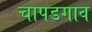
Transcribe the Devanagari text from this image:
चापडगाव